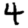
Digit: 4